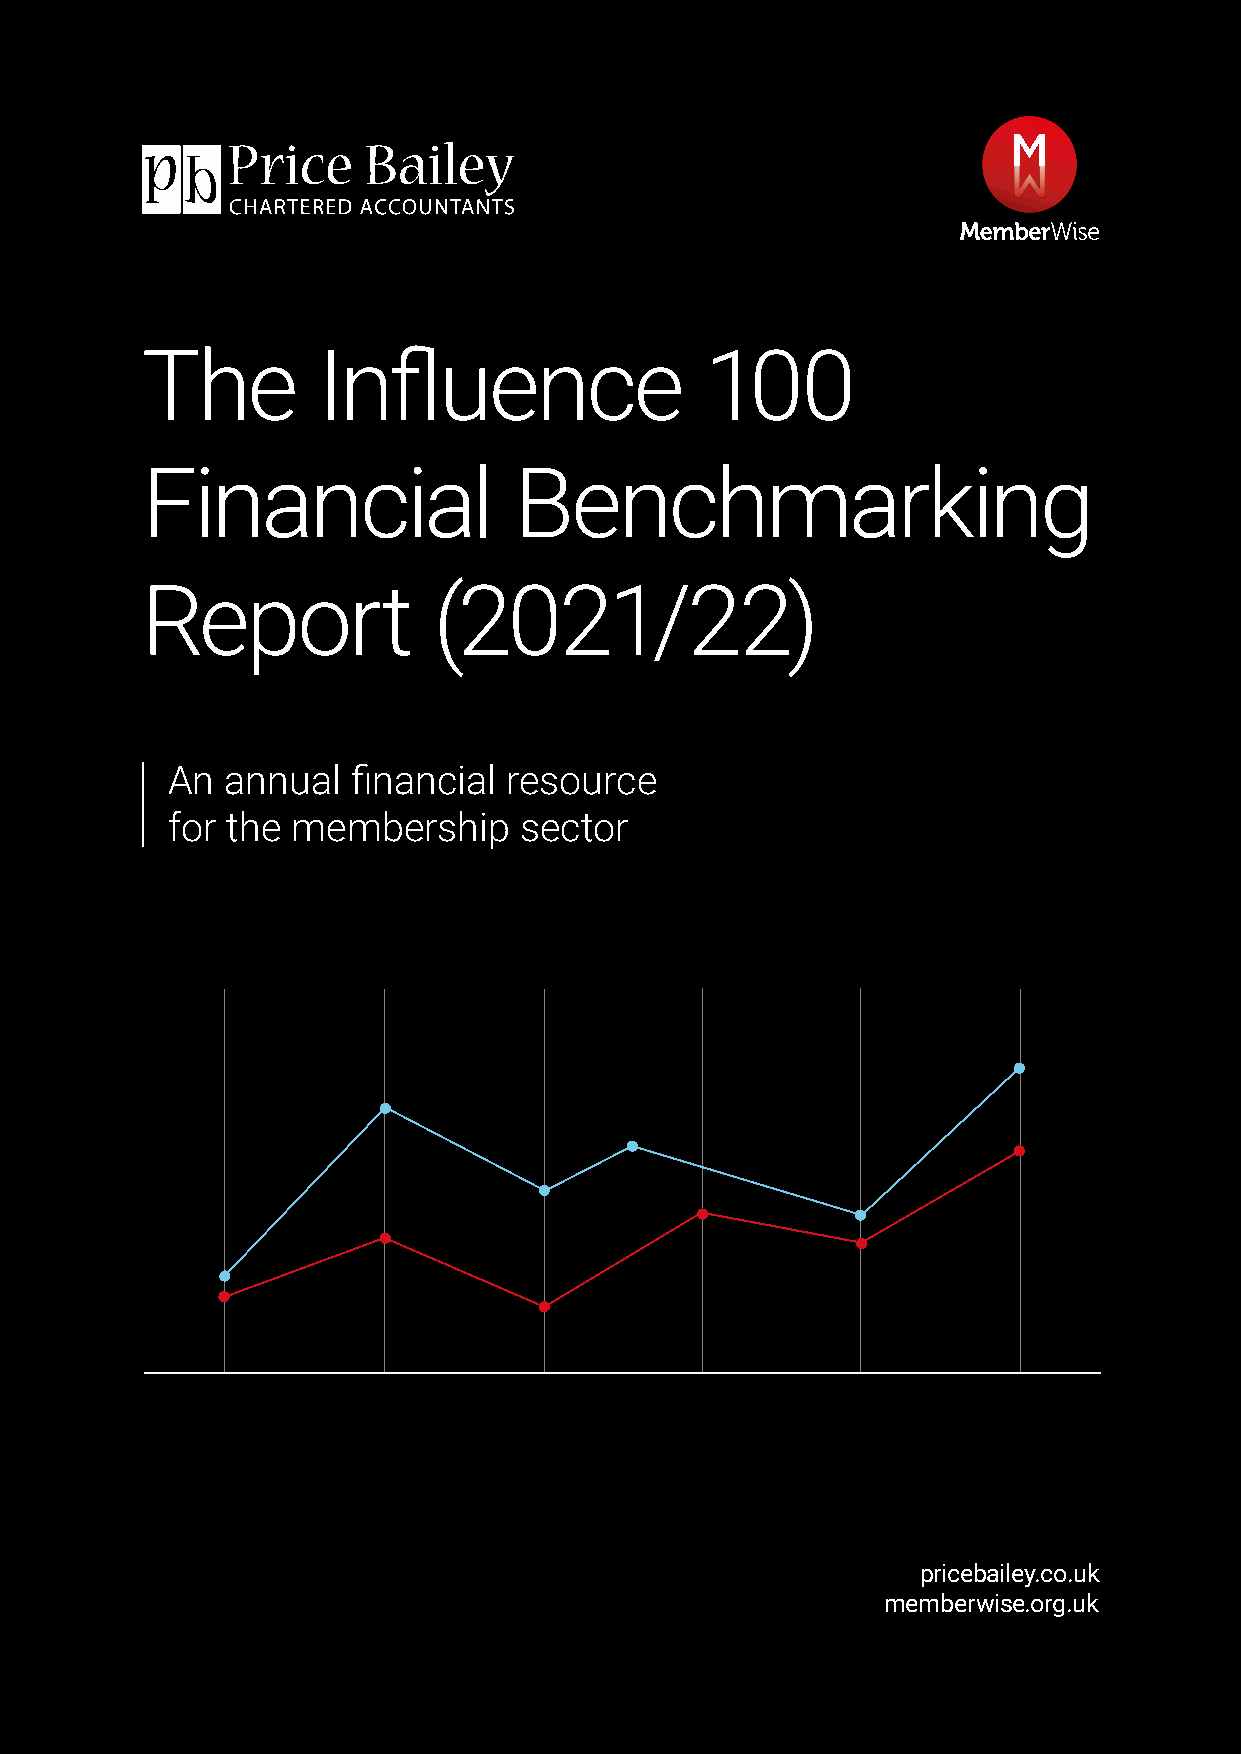
The         Influence                 100
 Financial                Benchmarking
 Report              (2021/22)
 An  annual  financial resource
 for the membership     sector
 pricebailey.co.uk
 memberwise.org.uk